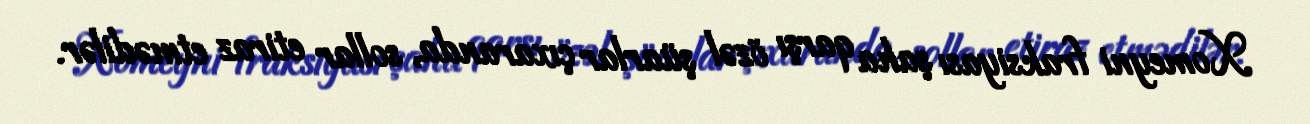
Xomeyni fraksiyası şaha qarşı özəl şüarlar çıxaranda, sollar etiraz etmədilər.